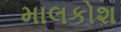
માલકોશ